Materia medica of Madras volume I
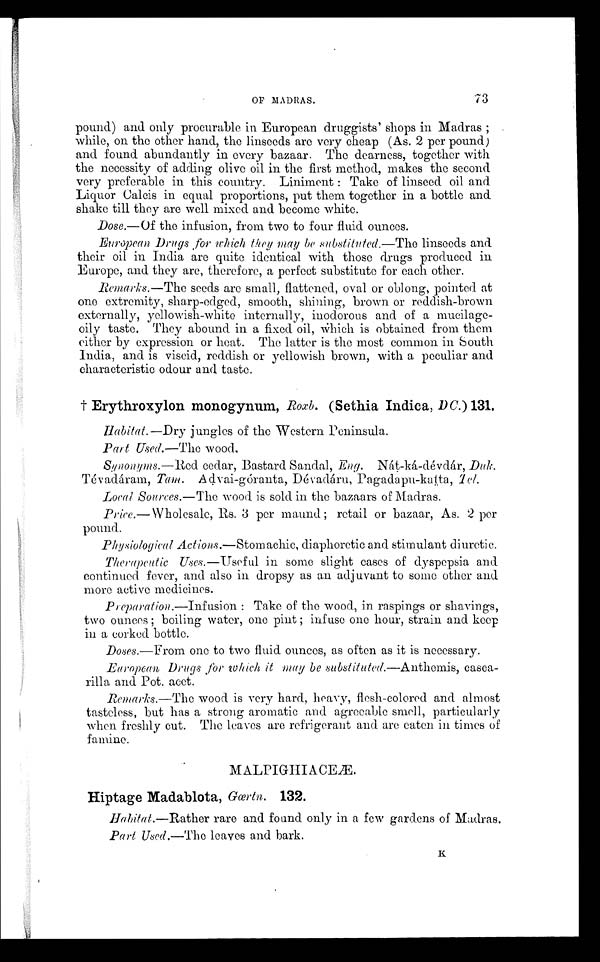
OF MADRAS.
73
pound) and only procurable in European druggists' shops in Madras ;
while, on the other hand, the linseeds are very cheap (As. 2 per pound)
and found abundantly in every bazaar. The dearness, together with
the necessity of adding olive oil in the first method, makes the second
very preferable in this country. Liniment : Take of linseed oil and
Liquor Calcis in equal proportions, put them together in a bottle and
shake till they are well mixed and become white.
Dose.—Of the infusion, from two to four fluid ounces.
European Drugs , for which they may be substituted.—The linseeds and
their oil in India are quite identical with those drugs produced in
Europe, and they are, therefore, a perfect substitute for each other.
Remarks.—The seeds are small, flattened, oval or oblong, pointed at
one extremity, sharp-edged, smooth, shining, brown or reddish-brown
externally, yellowish-white internally, inodorous and of a mucilage-
oily taste. They abound in a fixed oil, which is obtained from them
either by expression or heat. The latter is the most common in South
India, and is viscid, reddish or yellowish brown, with a peculiar and
characteristic odour and taste.
† Erythroxylon monogynum, Roxb. (Sethia Indica,DC.) 131
. Habitat.—Dry jungles of the Western Peninsula.
Part Used.—The wood.
Synonyms.—Red cedar, Bastard Sandal, Eng. Nát-ká-dévdár, Duk.
Tévadáram, Tam. Advai-góranta, Dévadáru, Pagadapu-katta, Tel.
Local Sources.—The wood is sold in the bazaars of Madras.
Price.—Wholesale, Rs. 3 per maund ; retail or bazaar, As. 2 per
pound.
Physiological Actions.—Stomachic, diaphoretic and stimulant diuretic.
Therapeutic Uses.—Useful in some slight cases of dyspepsia and
continued fever, and also in dropsy as an adjuvant to some other and
more active medicines.
Preparation.—Infusion: Take of the wood, in raspings or shavings,
two ounces ; boiling water, one pint ; infuse one hour, strain and keep
in a corked bottle.
Doses.—From one to two fluid ounces, as often as it is necessary.
European. Drugs for which it may be substituted.—Anthemis,
casca-rilla and Pot. acet.
Remarks.—The wood is very hard, heavy, flesh-colored and almost
tasteless, but has a strong aromatic and agreeable smell, particularly
when freshly cut. The leaves are refrigerant and are eaten in times of
famine.
M A L P I G H I A C E Æ .
Hiptage Madablota, Gœrtn. 132.
Habitat.—Rather rare and found only in a few gardens of Madras.
Part Used.—The leaves and bark.
K